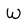
Character: W